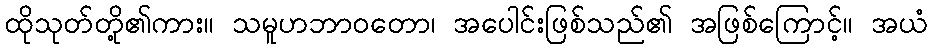
ထိုသုတ်တို့၏ကား။ သမူဟဘာဝတော၊ အပေါင်းဖြစ်သည်၏ အဖြစ်ကြောင့်။ အယံ